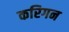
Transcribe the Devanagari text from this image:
करिगन